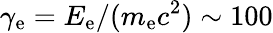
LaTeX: \gamma_{\mathrm{e}}=E_{\mathrm{e}}/(m_{\mathrm{e}}c^{2})\sim 100